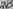
Text: 3V3